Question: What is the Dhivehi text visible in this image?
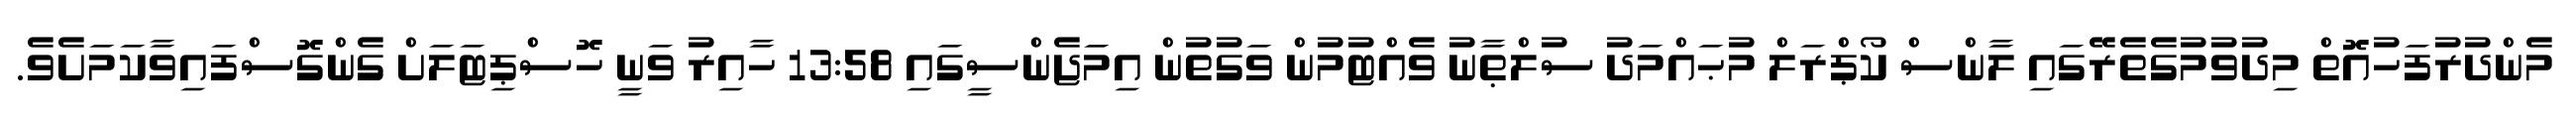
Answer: މެންދުރުފަހުއޮތް މިދުވުމުގެތެރޭގައި ލާންސް ކޯޕްރަލް މުޙައްމަދު ސުލްޠާނު ވެއްޓުމުން ވަގުތުން އިމަޖެންސީގައި 13:58 ހާއިރު ވަނީ ހޮސްޕިޓަލަށް ގެންގޮސްފައިވާކަމަށެވެ.